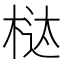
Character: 𰗱